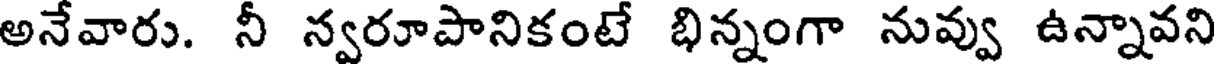
అనేవారు. నీ న్వరూపానికంటే భిన్నంగా నువ్వు ఉన్నావని